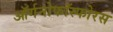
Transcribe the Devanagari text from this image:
ऑर्गनोफॉस्फोरस